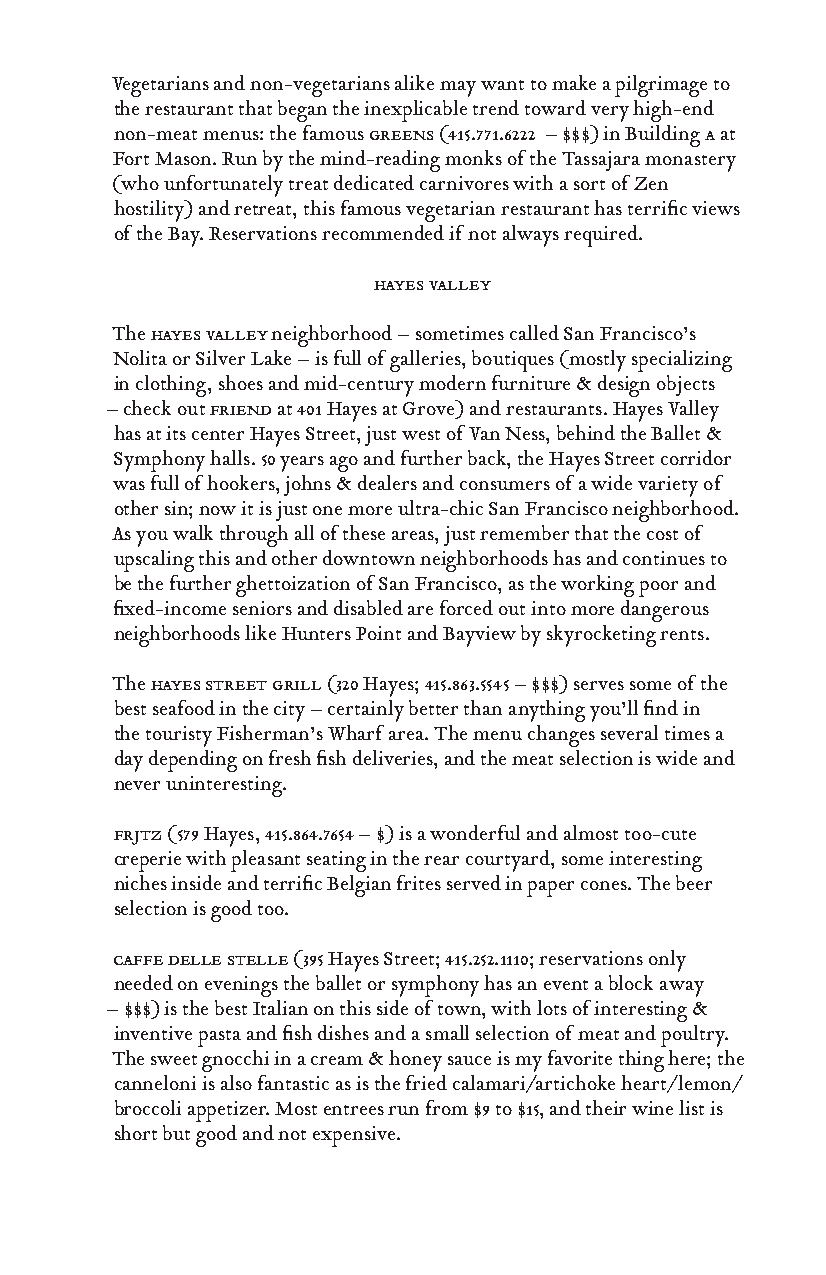
Vegetarians and non-vegetarians alike may want to make a pilgrimage to
 the restaurant that began the inexplicable trend toward very high-end
 non-meat menus: the famous greens (415.771.6222 – $$$) in Building a at
 Fort Mason. Run by the mind-reading monks of the Tassajara monastery
 (who unfortunately treat dedicated carnivores with a sort of Zen
 hostility) and retreat, this famous vegetarian restaurant has terrific views
 of the Bay. Reservations recommended if not always required.
 hayes valley
 The hayes valley neighborhood – sometimes called San Francisco’s
 Nolita or Silver Lake – is full of galleries, boutiques (mostly specializing
 in clothing, shoes and mid-century modern furniture & design objects
 – check out friend at 401 Hayes at Grove) and restaurants. Hayes Valley
 has at its center Hayes Street, just west of Van Ness, behind the Ballet &
 Symphony halls. 50 years ago and further back, the Hayes Street corridor
 was full of hookers, johns & dealers and consumers of a wide variety of
 other sin; now it is just one more ultra-chic San Francisco neighborhood.
 As you walk through all of these areas, just remember that the cost of
 upscaling this and other downtown neighborhoods has and continues to
 be the further ghettoization of San Francisco, as the working poor and
 fixed-income seniors and disabled are forced out into more dangerous
 neighborhoods like Hunters Point and Bayview by skyrocketing rents.
 The hayes street grill (320 Hayes; 415.863.5545 – $$$) serves some of the
 best seafood in the city – certainly better than anything you’ll find in
 the touristy Fisherman’s Wharf area. The menu changes several times a
 day depending on fresh fish deliveries, and the meat selection is wide and
 never uninteresting.
 frjtz (579 Hayes, 415.864.7654 – $) is a wonderful and almost too-cute
 creperie with pleasant seating in the rear courtyard, some interesting
 niches inside and terrific Belgian frites served in paper cones. The beer
 selection is good too.
 caffe delle stelle (395 Hayes Street; 415.252.1110; reservations only
 needed on evenings the ballet or symphony has an event a block away
 – $$$) is the best Italian on this side of town, with lots of interesting &
 inventive pasta and fish dishes and a small selection of meat and poultry.
 The sweet gnocchi in a cream & honey sauce is my favorite thing here; the
 canneloni is also fantastic as is the fried calamari/artichoke heart/lemon/
 broccoli appetizer. Most entrees run from $9 to $15, and their wine list is
 short but good and not expensive.